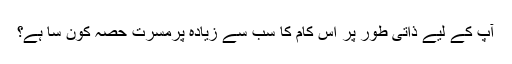
آپ کے لیے ذاتی طور پر اس کام کا سب سے زیادہ پُرمسرت حصہ کون سا ہے؟